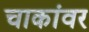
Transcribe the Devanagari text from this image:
चाकांवर